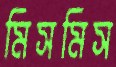
মিসমিস